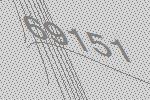
69151